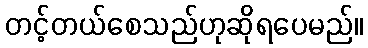
တင့်တယ်စေသည်ဟုဆိုရပေမည်။